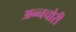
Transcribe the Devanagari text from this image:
अन्नचोरी